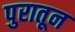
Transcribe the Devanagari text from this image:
पुरातून